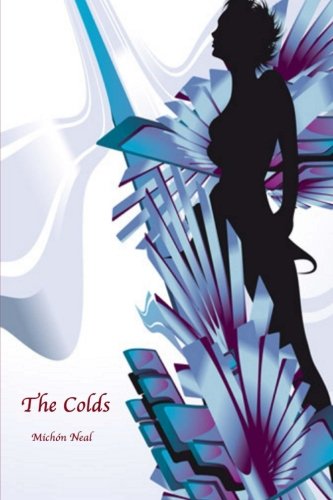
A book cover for The Colds (Volume 1); Michon Neal; Science Fiction & Fantasy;